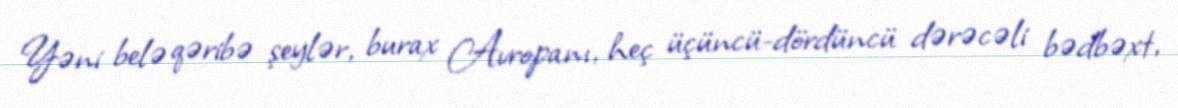
Yəni belə qəribə şeylər, burax Avropanı, heç üçüncü-dördüncü dərəcəli bədbəxt,